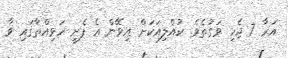
އަރާ 7 ޖެހި ވަގުތެވެ. ކުއްލިއަކަށް އިވޭން އެ ފެށީ ހަވިއްތާގައި ވާ